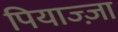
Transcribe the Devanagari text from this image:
पियाज्ज़ा